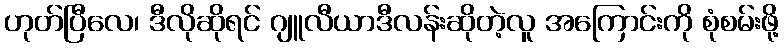
ဟုတ်ပြီလေ၊ ဒီလိုဆိုရင် ဂျူလီယာဒီလန်းဆိုတဲ့လူ အကြောင်းကို စုံစမ်းဖို့